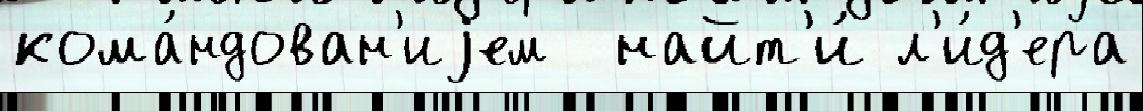
кома́ндован'иjем  найт'и́ л'и́д'ера